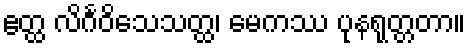
ဧတ္ထ လိင်္ဂဝိသေသတ္ထ၊ မေကဿ ပုနရုတ္တတာ။